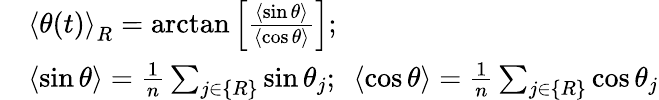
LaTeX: \begin{array}{rl}&{{\langle\theta(t)\rangle}_{R}=\arctan\left[\frac{\langle\sin\theta\rangle}{\langle\cos\theta\rangle}\right];}\\ &{\langle\sin\theta\rangle=\frac{1}{n}\sum_{j\in\{ R\} }\sin\theta_{j};\ \ \langle\cos\theta\rangle=\frac{1}{n}\sum_{j\in\{ R\} }\cos\theta_{j}}\end{array}